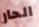
الحار